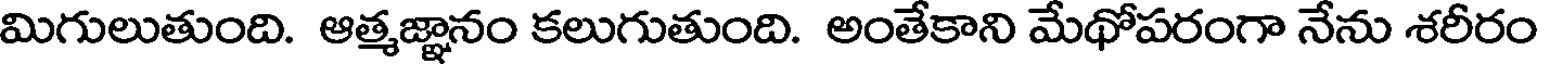
మిగులుతుంది. ఆత్మజ్ఞానం కలుగుతుంది. అంతేకాని మేథోపరంగా నేను శరీరం